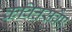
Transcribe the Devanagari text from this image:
कवित्तसवैए